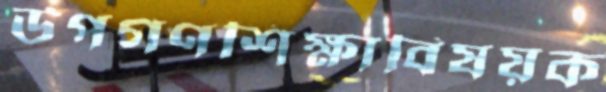
উপগণশিক্ষাবিষয়ক